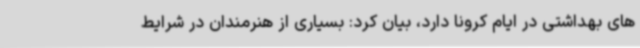
های بهداشتی در ایام کرونا دارد، بیان کرد: بسیاری از هنرمندان در شرایط